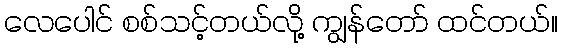
လေပေါင် စစ်သင့်တယ်လို့ ကျွန်တော် ထင်တယ်။